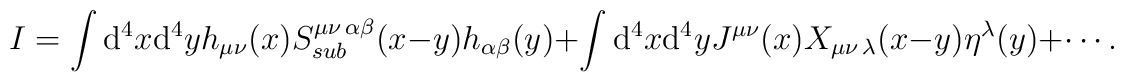
I =  \int {\rm d}^4 x  {\rm d}^4 y h_{\mu\nu}(x) S_{sub}^{\mu\nu\,\alpha\beta}(x-y)                              h_{\alpha\beta}(y) +  \int {\rm d}^4 x  {\rm d}^4 y J^{\mu\nu}(x) X_{\mu\nu\, \lambda}(x-y)                              \eta^{\lambda}(y) + \cdots.